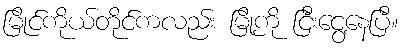
မြိုင်ကိုယ်တိုင်ကလည်း မြို့ကို ငြီးငွေ့နေပြီ။